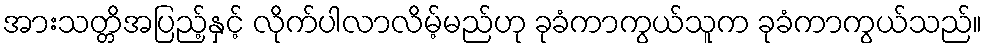
အားသတ္တိအပြည့်နှင့် လိုက်ပါလာလိမ့်မည်ဟု ခုခံကာကွယ်သူက ခုခံကာကွယ်သည်။